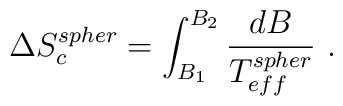
\Delta S_c^{spher}=\int_{B_1} ^{B_2} \frac{dB}{T_{eff}^{spher}}\ .